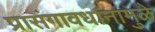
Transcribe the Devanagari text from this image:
प्रासंगावधानामुळे